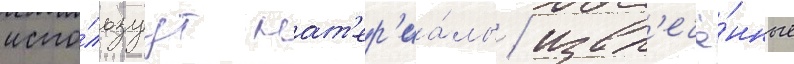
испо́льзуут мат'ер'иа́лы / извл'ечё́нные